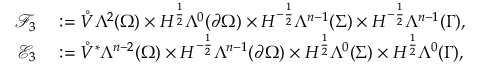
\begin{array} { r l } { \mathcal { F } _ { 3 } } & { { } : = \mathring { V } \Lambda ^ { 2 } ( \Omega ) \times H ^ { \frac { 1 } { 2 } } \Lambda ^ { 0 } ( \partial \Omega ) \times H ^ { - \frac { 1 } { 2 } } \Lambda ^ { n - 1 } ( \Sigma ) \times H ^ { - \frac { 1 } { 2 } } \Lambda ^ { n - 1 } ( \Gamma ) , } \\ { \mathcal { E } _ { 3 } } & { { } : = \mathring { V } ^ { \ast } \Lambda ^ { n - 2 } ( \Omega ) \times H ^ { - \frac { 1 } { 2 } } \Lambda ^ { n - 1 } ( \partial \Omega ) \times H ^ { \frac { 1 } { 2 } } \Lambda ^ { 0 } ( \Sigma ) \times H ^ { \frac { 1 } { 2 } } \Lambda ^ { 0 } ( \Gamma ) , } \end{array}